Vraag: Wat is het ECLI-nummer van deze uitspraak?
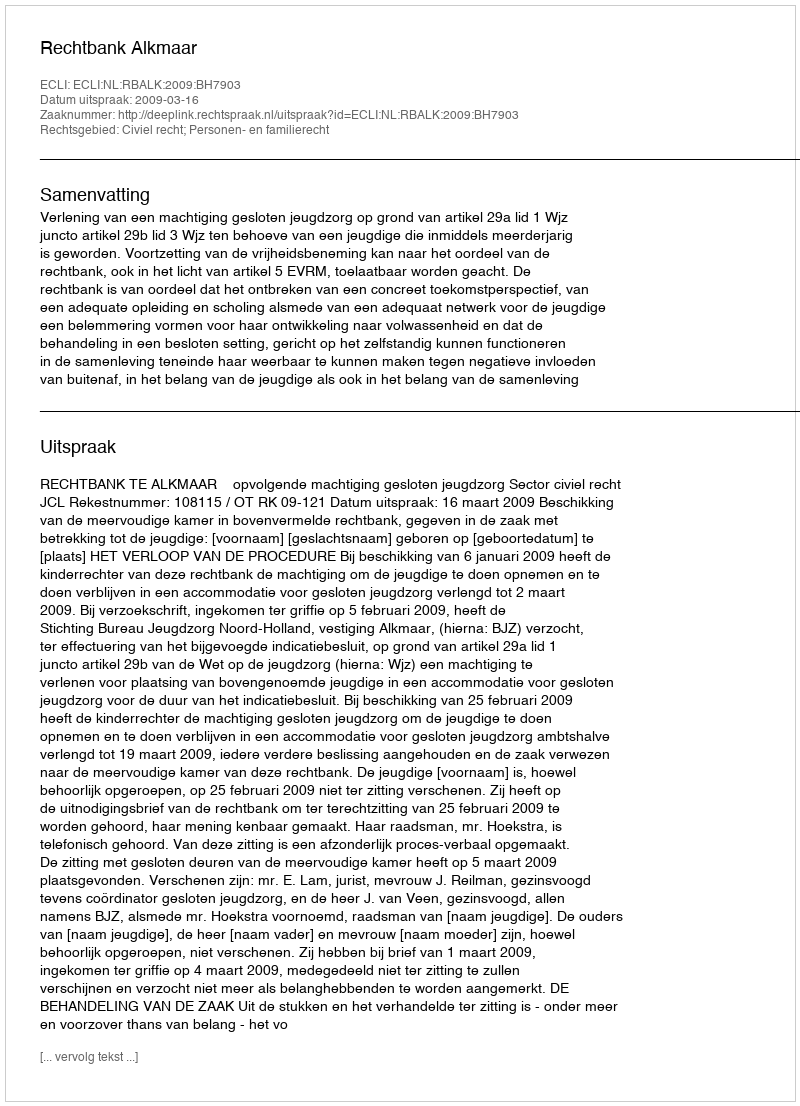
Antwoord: ECLI:NL:RBALK:2009:BH7903